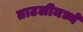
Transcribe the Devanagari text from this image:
ताटलीमध्ये